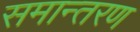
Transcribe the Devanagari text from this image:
समान्तरण